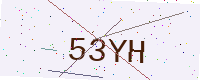
Text: 53YH